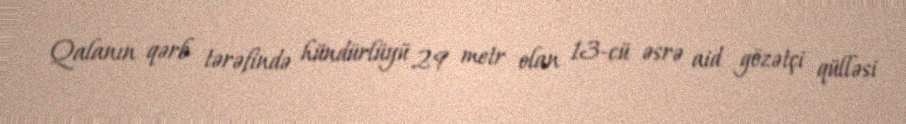
Qalanın qərb tərəfində hündürlüyü 29 metr olan 13-cü əsrə aid gözətçi qülləsi